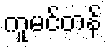
ကူမင်တန်